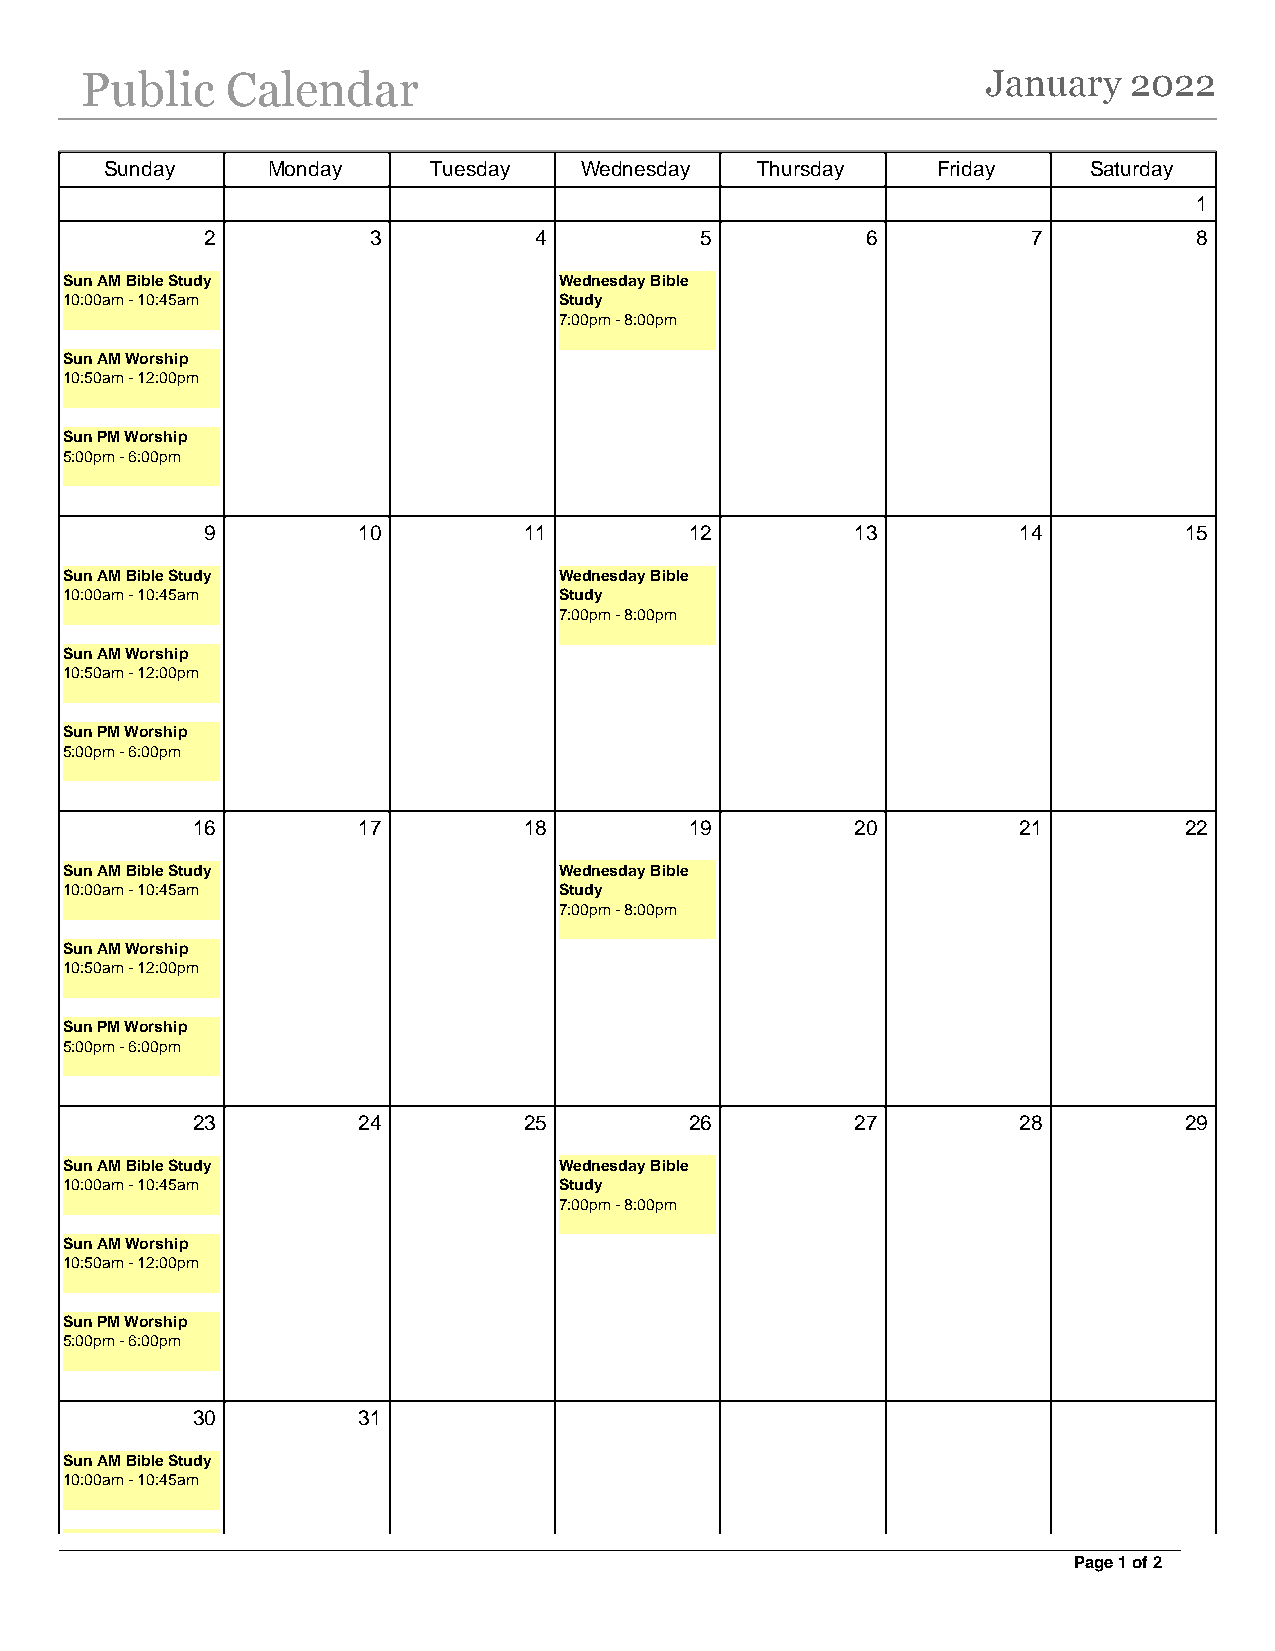
Public    Calendar                                          January   2022
 Sunday     Monday    Tuesday   Wednesday   Thursday    Friday    Saturday
 1
 2         3          4          5          6          7          8
 Sun AM Bible Study               Wednesday Bible
 10:00am - 10:45am                Study
 7:00pm - 8:00pm
 Sun AM Worship
 10:50am - 12:00pm
 Sun PM Worship
 5:00pm - 6:00pm
 9         10         11         12         13        14         15
 Sun AM Bible Study               Wednesday Bible
 10:00am - 10:45am                Study
 7:00pm - 8:00pm
 Sun AM Worship
 10:50am - 12:00pm
 Sun PM Worship
 5:00pm - 6:00pm
 16         17         18         19         20        21         22
 Sun AM Bible Study               Wednesday Bible
 10:00am - 10:45am                Study
 7:00pm - 8:00pm
 Sun AM Worship
 10:50am - 12:00pm
 Sun PM Worship
 5:00pm - 6:00pm
 23         24         25         26         27        28         29
 Sun AM Bible Study               Wednesday Bible
 10:00am - 10:45am                Study
 7:00pm - 8:00pm
 Sun AM Worship
 10:50am - 12:00pm
 Sun PM Worship
 5:00pm - 6:00pm
 30         31
 Sun AM Bible Study
 10:00am - 10:45am
 Page 1 of 2